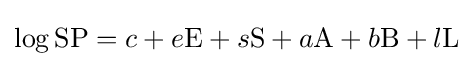
\log \mathrm {SP} =c+e\mathrm {E} +s\mathrm {S} +a\mathrm {A} +b\mathrm {B} +l\mathrm {L}